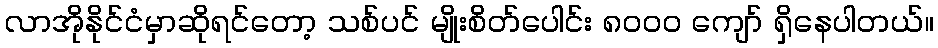
လာအိုနိုင်ငံမှာဆိုရင်တော့ သစ်ပင် မျိုးစိတ်ပေါင်း ၈၀၀၀ ကျော် ရှိနေပါတယ်။